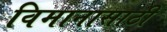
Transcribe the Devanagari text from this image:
विमानासाठी